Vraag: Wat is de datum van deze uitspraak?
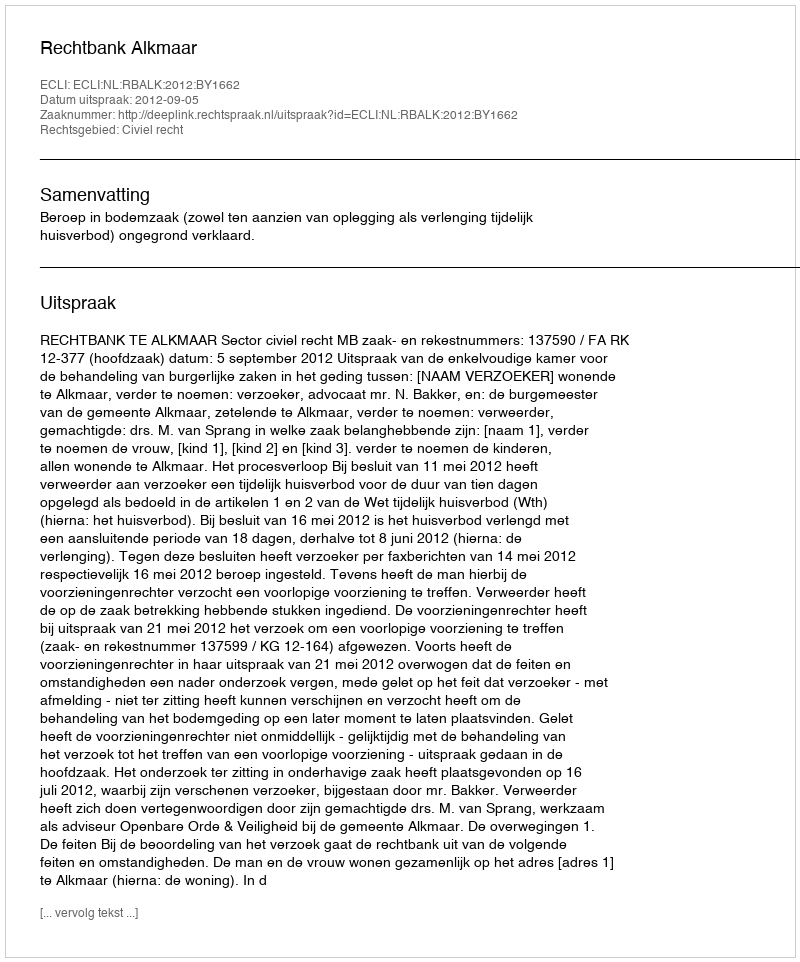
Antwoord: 2012-09-05